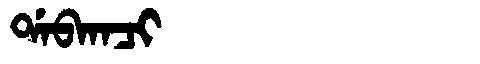
Manchu: ᡩᠠᠪᡴᠠᠴᡳ
Romanization: DABKACI